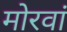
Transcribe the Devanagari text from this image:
मोरवां